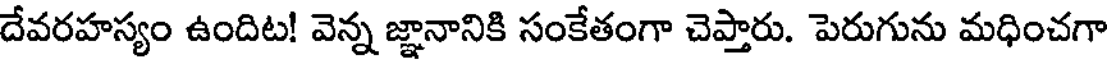
దేవరహస్యం ఉందిట! వెన్న జ్ఞానానికి సంకేతంగా చెప్తారు. పెరుగును మధించగా